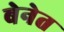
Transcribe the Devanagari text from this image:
बेनेत